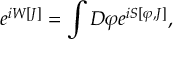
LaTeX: e ^ { i W [ J ] } = \int { \cal D } \varphi e ^ { i S [ \varphi , J ] } ,